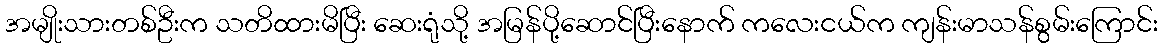
အမျိုးသားတစ်ဦးက သတိထားမိပြီး ဆေးရုံသို့ အမြန်ပို့ဆောင်ပြီးနောက် ကလေးငယ်က ကျန်းမာသန်စွမ်းကြောင်း